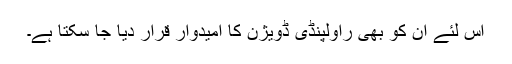
اس لئے ان کو بھی راولپنڈی ڈویژن کا امیدوار قرار دیا جا سکتا ہے۔